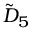
{ \tilde { D } } _ { 5 }